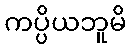
ကပ္ပိယဘူမိ